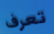
تعرف